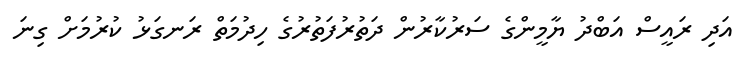
އަދި ރައީސް އަބްދު ޔާމީންގެ ސަރުކާރުން ދަތުރުފަތުރުގެ ހިދުމަތް ރަނގަޅު ކުރުމަށް ގިނަ